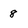
Character: 8